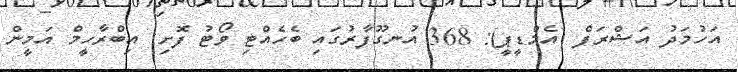
އަހުމަދު އަޝްރަފް (އެމްޑީޕީ): 368 އުނގޫފާރުގައި ބެހެއްޓި ވޯޓު ފޮށި: އިބްރާހީމް އަމީން